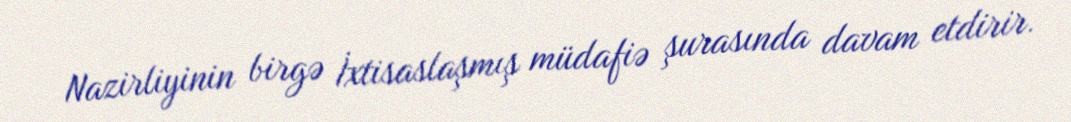
Nazirliyinin birgə İxtisaslaşmış müdafiə şurasında davam etdirir.